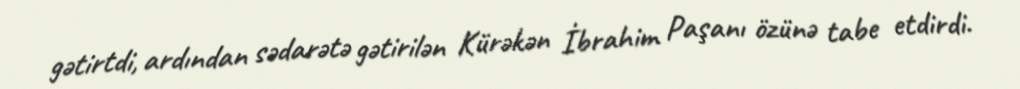
gətirtdi, ardından sədarətə gətirilən Kürəkən İbrahim Paşanı özünə tabe etdirdi.